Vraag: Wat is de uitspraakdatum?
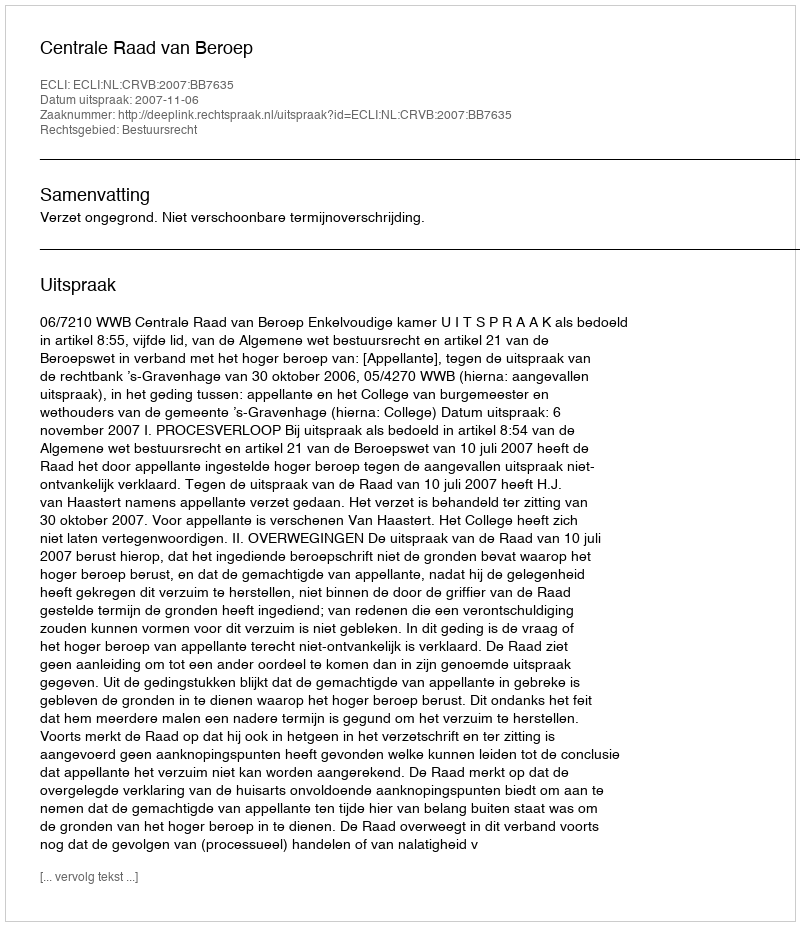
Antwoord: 2007-11-06